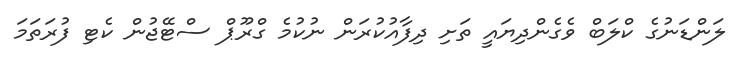
ލަންޑަނުގެ ކްލަބް ވެގެންދިޔައީ ތަށި ދިފާއުކުރަން ނުކުމެ ގްރޫޕް ސްޓޭޖުން ކެޓި ފުރަތަމަ